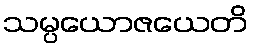
သမ္ပယောဇယေတိ